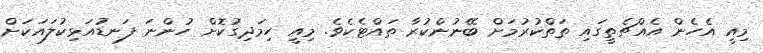
މިއީ އެހެން އެއްޗެތީގައި ތަތްކުރުމަށް ބޭނުންކުރާ ތައްޓެކެވެ. މިއީ ހިމަދިގުކޮށް ހުންނަ ފަނޑުއަޅިކުލައަކަށް